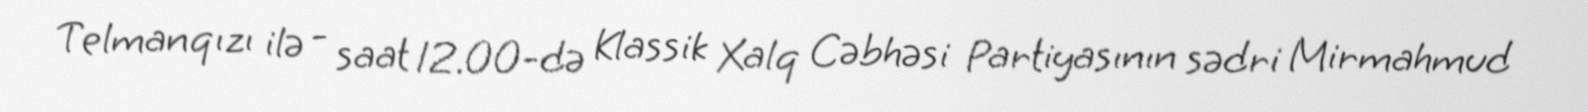
Telmanqızı ilə - saat 12.00-də Klassik Xalq Cəbhəsi Partiyasının sədri Mirmahmud